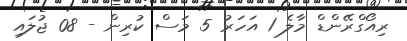
ރިއޯގްރޭންޑް މާލެ 1 އަހަރު 5 މަސް ކުރިން - 08 ޖުލައި